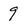
Character: 9